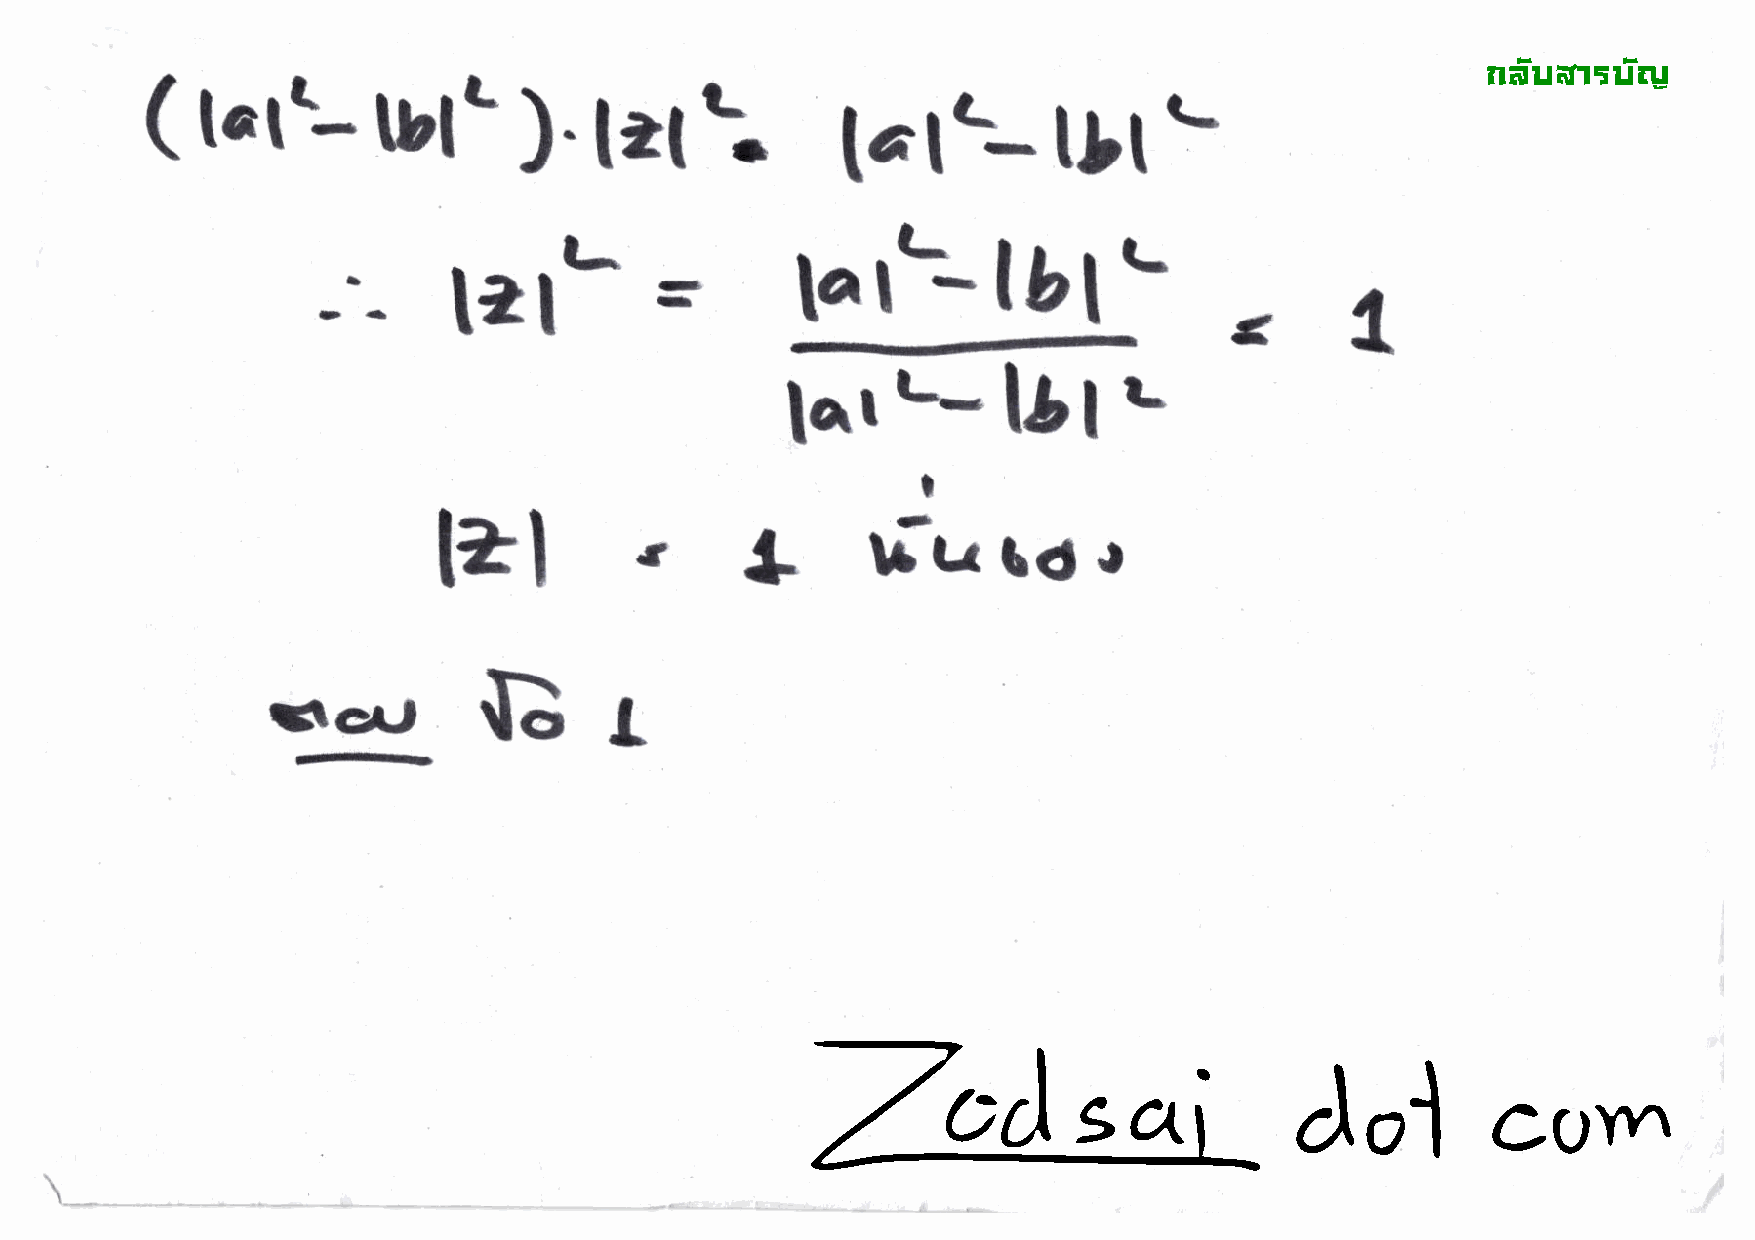
t
 !"#$%&'$#(
 (  l.rt-                                      tatat}t'
 tblt
 ).    lel
 bralbl'
 lalt
 =
 larLllt.
 I
 tzl                 s        lsutdo
 "tt
 -rcr,
 -